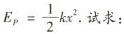
$$E_{P}= \frac{1}{2}kx^{2}$$. 试求：